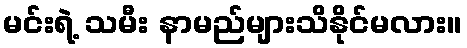
မင်းရဲ့ သမီး နာမည်များသိနိုင်မလား။